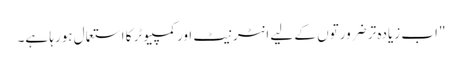
"اب زیادہ تر ضرورتوں کے لیے انٹرنیٹ اور کمپیوٹر کا استعمال ہورہا ہے۔